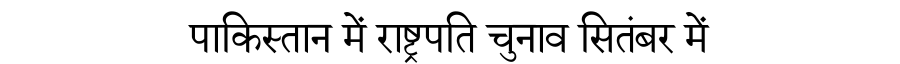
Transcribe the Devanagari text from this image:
पाकिस्तान में राष्ट्रपति चुनाव सितंबर में